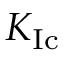
K _ { \mathrm { { I c } } }